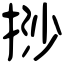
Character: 挱